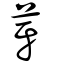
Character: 芽